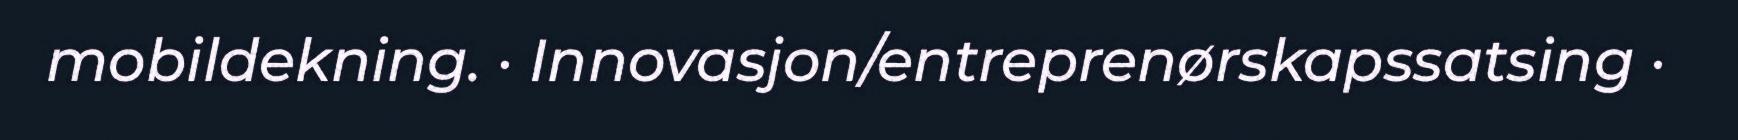
mobildekning. · Innovasjon/entreprenørskapssatsing ·